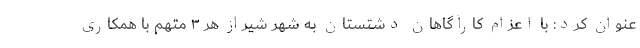
عنوان کرد: با اعزام کارآگاهان دشتستان به شهر شیراز هر ۳ متهم با همکاری